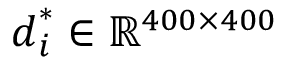
\boldsymbol { d } _ { i } ^ { * } \in \mathbb { R } ^ { 4 0 0 \times 4 0 0 }